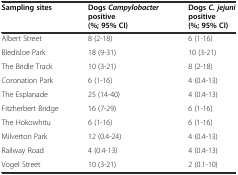
<table><thead><tr><td><b>Sampling sites</b></td><td><b>Dogs<i>Campylobacter</i>positive (%; 95% CI)</b></td><td><b>Dogs<i>C. jejuni</i>positive (%; 95% CI)</b></td></tr></thead><tbody><tr><td>Albert Street</td><td>8 (2-18)</td><td>6 (1-16)</td></tr><tr><td>Bledisloe Park</td><td>18 (9-31)</td><td>10 (3-21)</td></tr><tr><td>The Bridle Track</td><td>10 (3-21)</td><td>8 (2-18)</td></tr><tr><td>Coronation Park</td><td>6 (1-16)</td><td>4 (0.4-13)</td></tr><tr><td>The Esplanade</td><td>25 (14-40)</td><td>4 (0.4-13)</td></tr><tr><td>Fitzherbert Bridge</td><td>16 (7-29)</td><td>6 (1-16)</td></tr><tr><td>The Hokowhitu</td><td>6 (1-16)</td><td>6 (1-16)</td></tr><tr><td>Milverton Park</td><td>12 (0.4-24)</td><td>4 (0.4-13)</td></tr><tr><td>Railway Road</td><td>4 (0.4-13)</td><td>4 (0.4-13)</td></tr><tr><td>Vogel Street</td><td>10 (3-21)</td><td>2 (0.1-10)</td></tr></tbody></table>